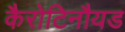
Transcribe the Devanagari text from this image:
कैरोटिनौयड